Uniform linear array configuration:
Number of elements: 12
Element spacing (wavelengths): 1
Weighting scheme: cosine
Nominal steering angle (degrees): -30
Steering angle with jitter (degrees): -31.615
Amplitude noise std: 0.05
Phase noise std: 0.05

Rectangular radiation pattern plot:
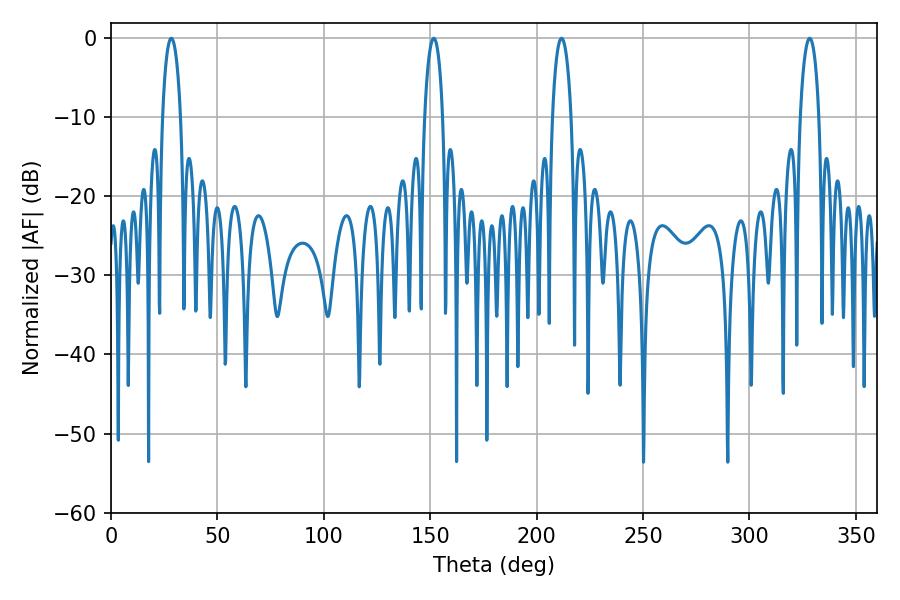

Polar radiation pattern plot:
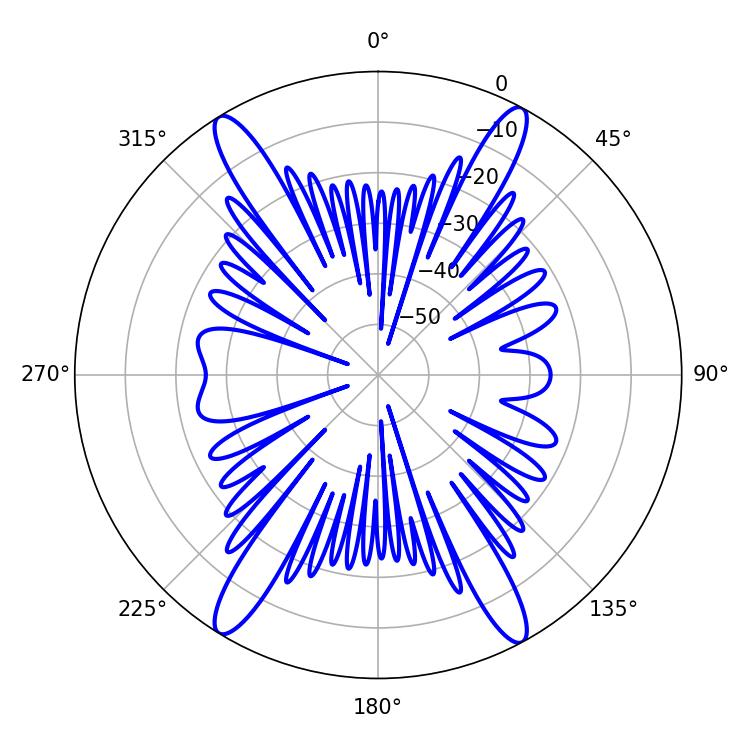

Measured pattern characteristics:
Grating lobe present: TRUE
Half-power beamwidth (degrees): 5.04
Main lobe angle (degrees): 211.68